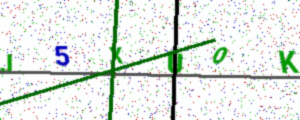
Text: J5XUOK